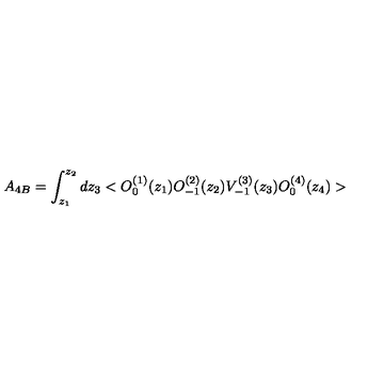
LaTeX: A _ { 4 B } = \int _ { z _ { 1 } } ^ { z _ { 2 } } d z _ { 3 } < O _ { 0 } ^ { ( 1 ) } ( z _ { 1 } ) O _ { - 1 } ^ { ( 2 ) } ( z _ { 2 } ) V _ { - 1 } ^ { ( 3 ) } ( z _ { 3 } ) O _ { 0 } ^ { ( 4 ) } ( z _ { 4 } ) >